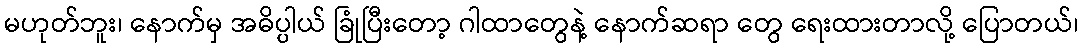
မဟုတ်ဘူး၊ နောက်မှ အဓိပ္ပါယ် ခြုံပြီးတော့ ဂါထာတွေနဲ့ နောက်ဆရာ တွေ ရေးထားတာလို့ ပြောတယ်၊